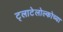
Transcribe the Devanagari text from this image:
ट्लाटेलोल्कोच्या